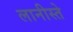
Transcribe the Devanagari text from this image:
लानीस्ते